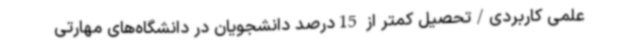
علمی کاربردی/تحصیل کمتر از 15درصد دانشجویان در دانشگاه‌های مهارتی